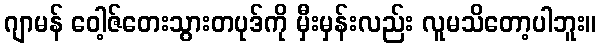
ဂျာမန် ဝေါ့ဇ်တေးသွားတပုဒ်ကို မှီးမှန်းလည်း လူမသိတော့ပါဘူး။